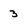
Character: 3